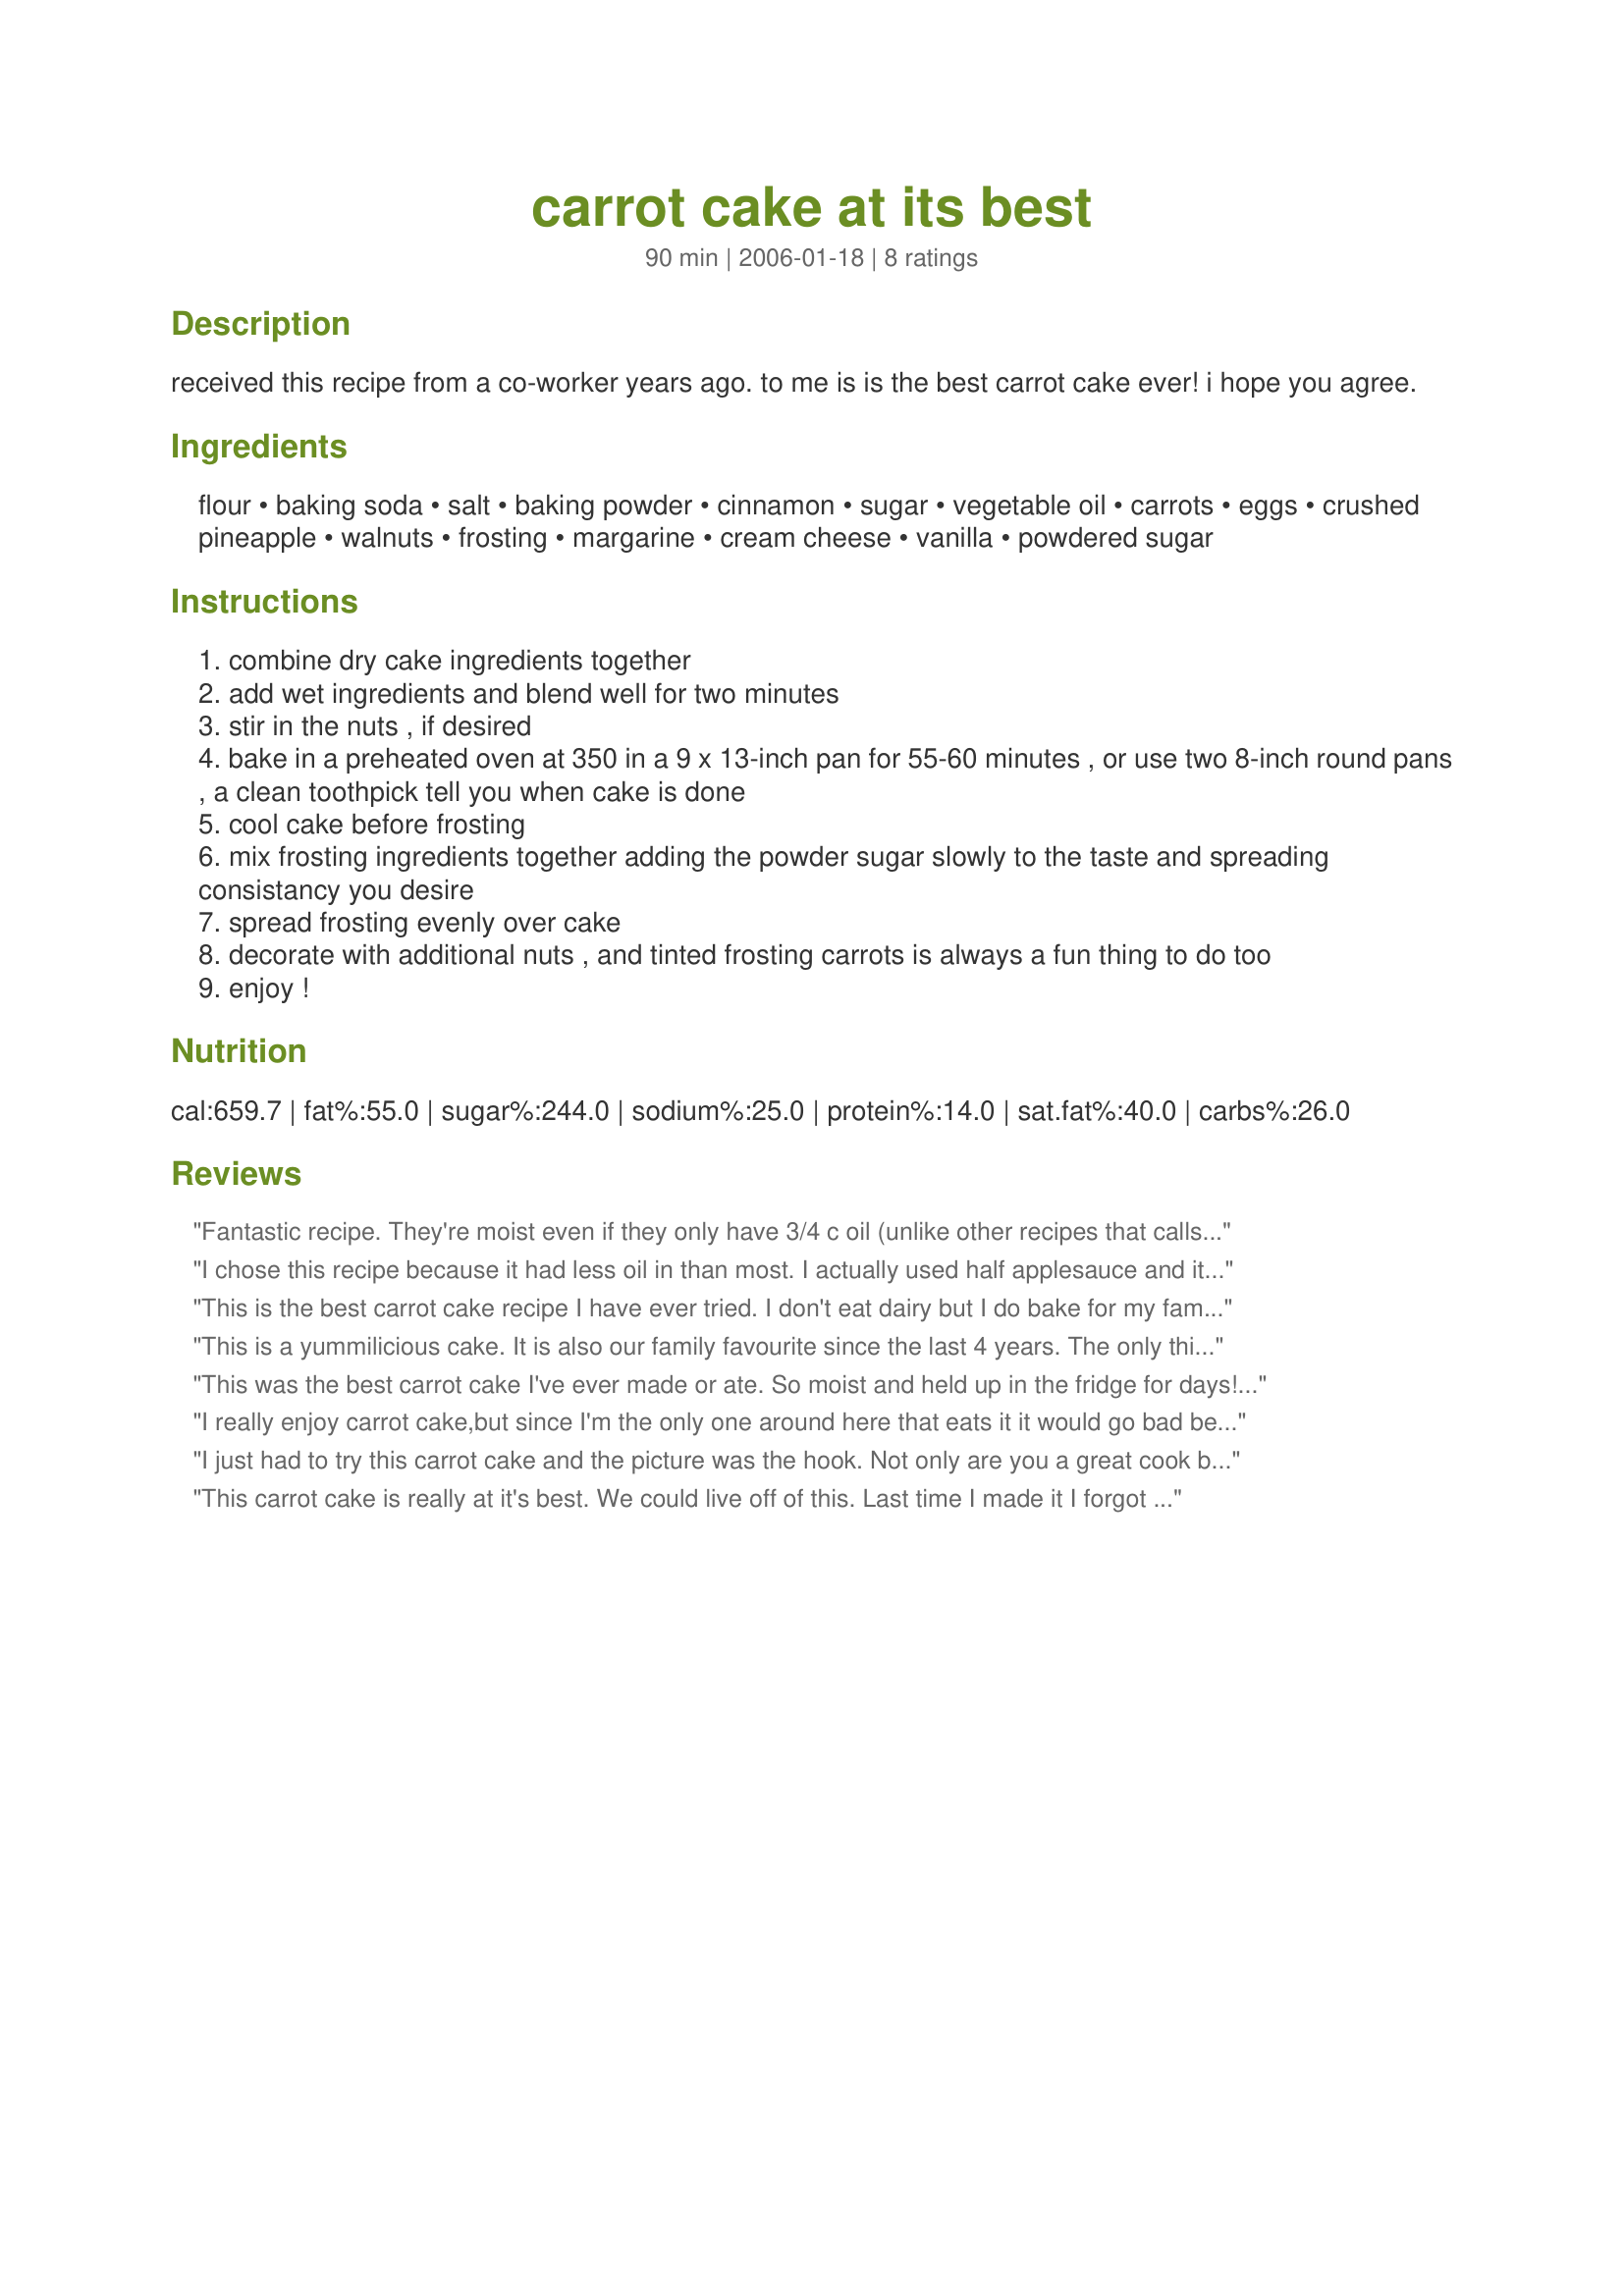
carrot cake at its best
Preparation time: 90 minutes

received this recipe from a co-worker years ago. to me is is the best carrot cake ever! i hope you agree.

Ingredients:
flour, baking soda, salt, baking powder, cinnamon, sugar, vegetable oil, carrots, eggs, crushed pineapple, walnuts, frosting, margarine, cream cheese, vanilla, powdered sugar

Steps:
combine dry cake ingredients together
add wet ingredients and blend well for two minutes
stir in the nuts , if desired
bake in a preheated oven at 350 in a 9 x 13-inch pan for 55-60 minutes , or use two 8-inch round pans , a clean toothpick tell you when cake is done
cool cake before frosting
mix frosting ingredients together adding the powder sugar slowly to the taste and spreading consistancy you desire
spread frosting evenly over cake
decorate with additional nuts , and tinted frosting carrots is always a fun thing to do too
enjoy !

Reviews:
Fantastic recipe. They're moist even if they only have 3/4 c oil (unlike other recipes that calls for more than 1c). I use 270g ungrated carrots, Then i squeeze out most of the moisture fr the carrots once grated. Reduce the sugar to 1.5c instead of using 2c. And they're just perfect and not too sweet. BAked in 8x12 pan for 43min
I chose this recipe because it had less oil in than most. I actually used half applesauce and it still turned out with a great dense carrot cake texture. I baked the cakes in 2 9" pans and sprinkled 1/4 cup of chopped pecans on each layer. I used my own cream cheese frosting recipe, but the cake was absolutely delicious. Loved it!
This is the best carrot cake recipe I have ever tried. I don't eat dairy but I do bake for my family a lot. This was a very straight forward recipe, I followed the recipe exactly as it's posted. I was told that the icing came out too sweet. I used the entire 10 oz of powdered sugar since I didn't have anyone around to pre-taste the icing and I didn't want to make it "not sweet enough". Thank you for posting!
This is a yummilicious cake. It is also our family favourite since the last 4 years. The only thing we don't use is the cream cheese. I love the photograph posted. Good one!
This was the best carrot cake I've ever made or ate. So moist and held up in the fridge for days! Will never make a different carrot cake again...New recipe for life ;)
I really enjoy carrot cake,but since I'm the only one around here that eats it it would go bad before I could eat a whole cake.So, I decided to make half a recipe and bake it in an 8 x 8 inch square pan.And I kept the baking time the same,and it worked just fine.Thank you for posting,this will be made again."Keep Smiling:)"
I just had to try this carrot cake and the picture was the hook. Not only are you a great cook but photography appears to be another talent. Are those decorative carrots? I'd like to add those and where can I find them? Wonderful recipe and thanks for sharing. Lolly
This carrot cake is really at it's best. We could live off of this. Last time I made it I forgot to put the oil in I also had no cream cheese for the frosting so I omitted it, my family still had no problem gobbiling it down!
